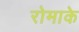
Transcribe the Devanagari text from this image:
रोमाके